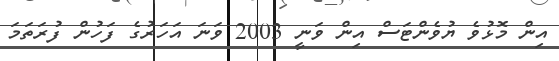
އިން މޮޅުވެ ޔުވެންޓަސް އިން ވަނީ 2003 ވަނަ އަހަރުގެ ފަހުން ފުރަތަމަ